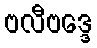
ဗလီဗဒ္ဒေ